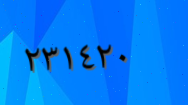
٢٣١٤٢٠